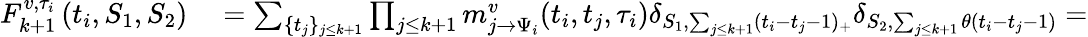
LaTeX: \begin{array}{rl}{F_{k+1}^{v,\tau_{i}}\left(t_{i},S_{1},S_{2}\right)}&{{}=\sum_{\{ t_{j}\} _{j\leq k+1}}\prod_{j\leq k+1}m_{j\to\Psi_{i}}^{v}(t_{i},t_{j},\tau_{i})\delta_{S_{1},\sum_{j\leq k+1}(t_{i}-t_{j}-1)_{+}}\delta_{S_{2},\sum_{j\leq k+1}\theta(t_{i}-t_{j}-1)}=}\end{array}